Leaving Certificate Examination, 1911
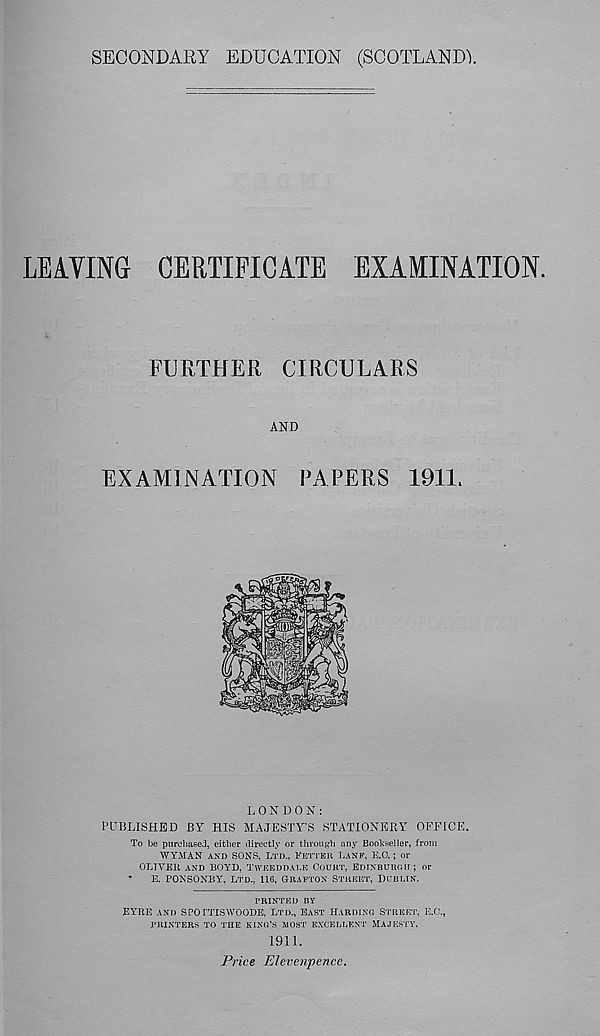
SECONDARY EDUCATION (SCOTLANDY
LEAVING CERTIFICATE EXAMINATION.
FURTHER CIRCULARS
AND
EXAMINATION PAPERS 1911.
X. 0 N D 0 N :
PUBLISHED BY HIS MAJESTY’S STATIONERY OFFICE.
To be purchase!, either directly or through any Bookseller, from
WYMAN AND SONS, LTD., FETTER LANE, E.O. ; or
OLIVER AND BOYD, TwEEDD.w.E COURT, EDTNBUROH; or
•
E. PONSONBY, LTD., 110, GRAFTON STREET, DUBLIN.
PRINTED BY
EYRE AND spornsWOODS, LTD., EAST HARDING STREET, E.C.,
PRINTERS TO THE KING’S MOST EXCELLENT MAJESTY.
1911.
Price Elevenpence.